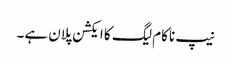
نیپ ناکام لیگ کا ایکشن پلان ہے۔